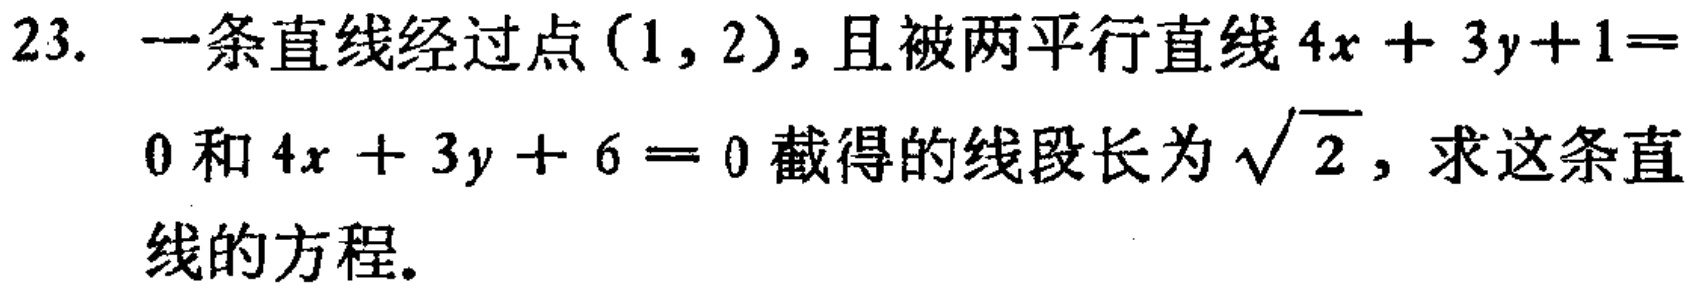
23. 一条直线经过点$(1,2)$，且被两平行直线$4x + 3y+1 = 0$和$4x + 3y + 6 = 0$截得的线段长为$\sqrt{2}$，求这条直线的方程。